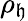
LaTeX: \rho_{\mathfrak{h}}